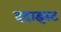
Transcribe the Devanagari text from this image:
ददाइस्ट